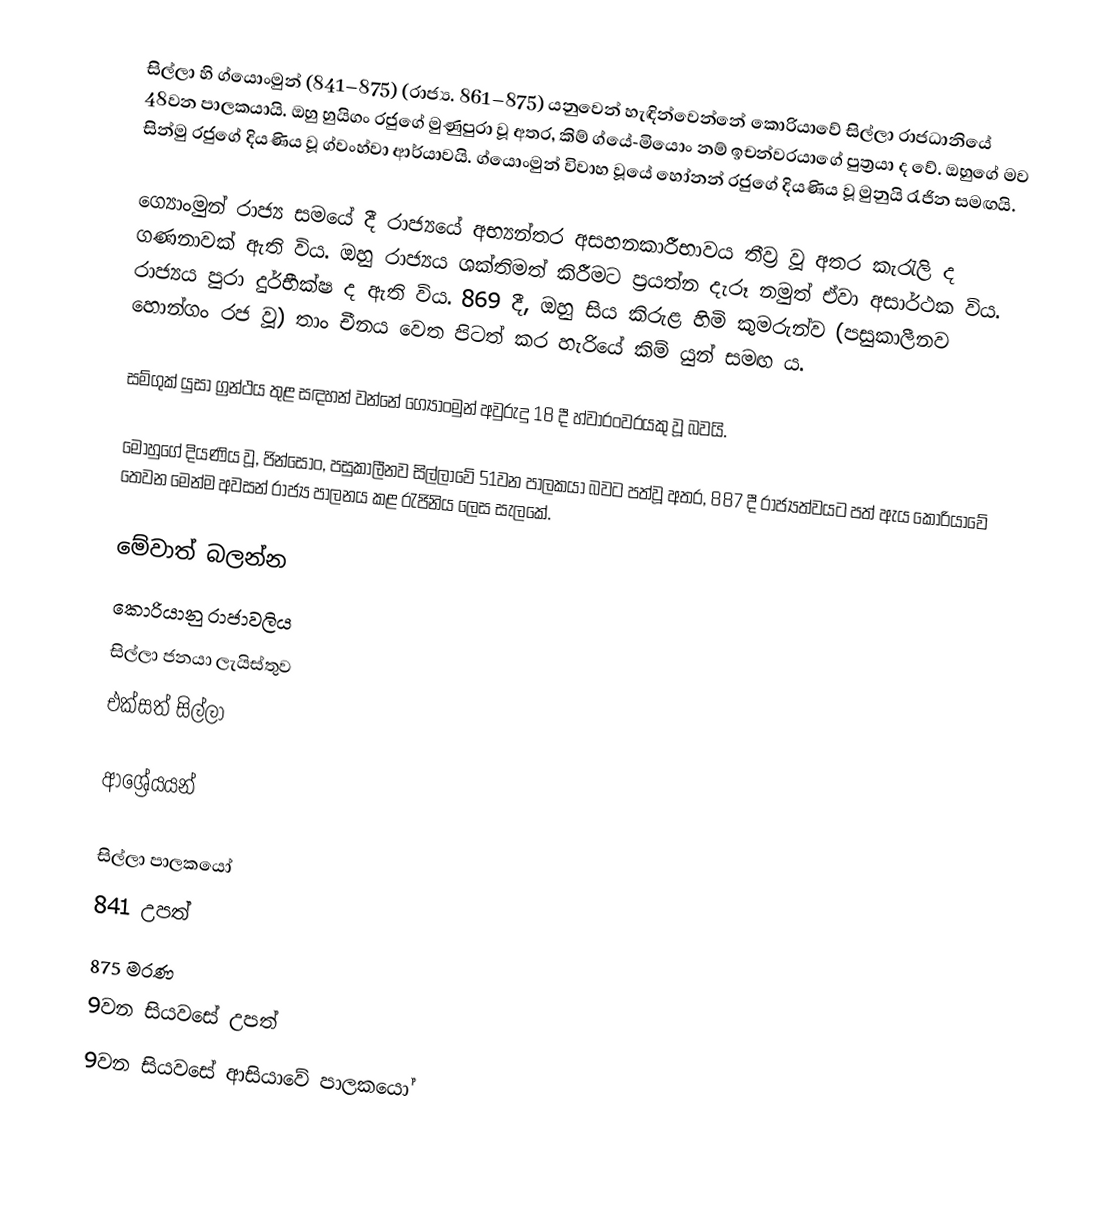
සිල්ලා හි ග්යොංමුන් (841–875) (රාජ්‍ය. 861–875) යනුවෙන් හැඳින්වෙන්නේ කොරියාවේ සිල්ලා රාජධානියේ 48වන පාලකයායි. ඔහු හුයිගං රජුගේ මුණුපුරා වූ අතර, කිම් ග්යේ-මියොං නම් ඉචන්වරයාගේ පුත්‍රයා ද වේ. ඔහුගේ මව සින්මු රජුගේ දියණිය වූ ග්වංහ්වා ආර්යාවයි.  ග්යොංමුන් විවාහ වූයේ හෝනන් රජුගේ දියණිය වූ මුනුයි රැජින සමඟයි.

ග්‍යොංමුන් රාජ්‍ය සමයේ දී රාජ්‍යයේ අභ්‍යන්තර අසහනකාරීභාවය තීව්‍ර වූ අතර කැරැලි ද ගණනාවක් ඇති විය. ඔහු රාජ්‍යය ශක්තිමත් කිරීමට ප්‍රයත්න දැරූ නමුත් ඒවා අසාර්ථක විය. රාජ්‍යය පුරා දුර්භීක්ෂ ද ඇති විය. 869 දී, ඔහු සිය කිරුළ හිමි කුමරුන්ව (පසුකාලීනව හොන්ගං රජ වූ) තාං චීනය වෙත පිටත් කර හැරියේ කිම් යුන් සමඟ ය.

සම්ගුක් ‍යුසා ග්‍රන්ථය තුළ සඳහන් වන්නේ ග්‍යොංමුන් අවුරුදු 18 දී හ්වාරංවරයකු වූ බවයි.

මොහුගේ දියණිය වූ, ජින්සොං, පසුකාලීනව සිල්ලාවේ 51වන පාලකයා බවට පත්වූ අතර, 887 දී රාජ්‍යත්වයට පත් ඇය කොරියාවේ තෙවන මෙන්ම අවසන් රාජ්‍ය පාලනය කළ රැජිනිය ලෙස සැලකේ.

මේවාත් බලන්න
කොරියානු රාජාවලිය
සිල්ලා ජනයා ලැයිස්තුව
එක්සත් සිල්ලා

ආශ්‍රේයයන්

සිල්ලා පාලකයෝ
841 උපත්
875 මරණ
9වන සියවසේ උපත්
9වන සියවසේ ආසියාවේ පාලකයෝ